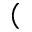
(